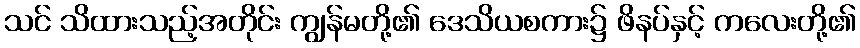
သင် သိထားသည့်အတိုင်း ကျွန်မတို့၏ ဒေသိယစကား၌ ဖိနပ်နှင့် ကလေးတို့၏